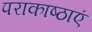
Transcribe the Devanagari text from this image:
पराकाष्ठाएं